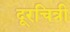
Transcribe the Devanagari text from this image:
दूरचित्री